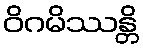
ဝိဂမိဿန္တိ